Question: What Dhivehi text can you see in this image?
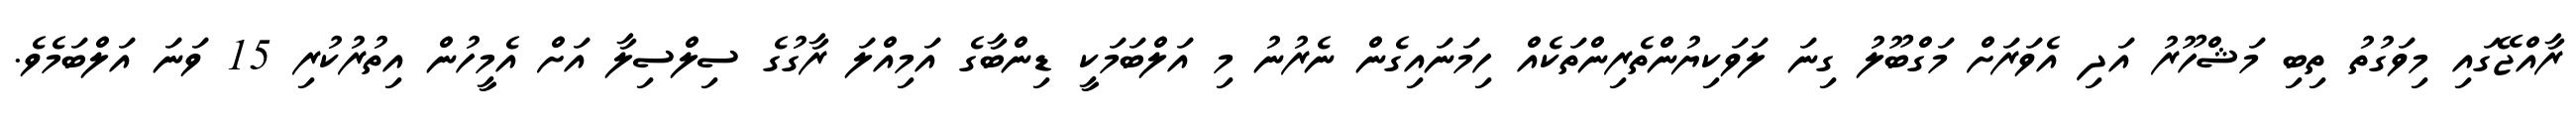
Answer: ރާއްޖޭގައި މިވަގުތު ތިބި މަޝްހޫރު އަދި އެވަރަށް މަގްބޫލު ގިނަ ލަވަކިޔުންތެރިންތަކެއް ހިމަނައިގެން ނެރުނު މި އަލްބަމަކީ ޑިންބާގެ އަމިއްލަ ރާގުގެ ސިލްސިލާ އަށް އެމީހުން އިތުރުކުރި 15 ވަނަ އަލްބަމެވެ.